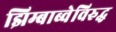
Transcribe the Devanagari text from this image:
झिम्बाब्वेविरुद्ध